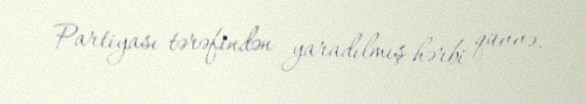
Partiyası tərəfindən yaradılmış hərbi qüvvə.